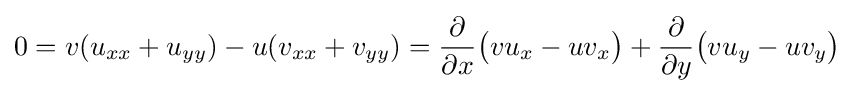
0=v(u_{xx}+u_{yy})-u(v_{xx}+v_{yy})={\frac {\partial }{\partial x}}{\big (}vu_{x}-uv_{x}{\big )}+{\frac {\partial }{\partial y}}{\big (}vu_{y}-uv_{y}{\big )}